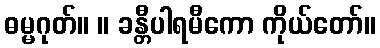
ဓမ္မဂုတ်။ ။ ခန္တီပါရမီကော ကိုယ်တော်။